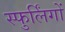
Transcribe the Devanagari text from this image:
स्फुर्लिंगों